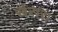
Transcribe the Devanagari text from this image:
खैरारा